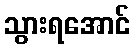
သွားရအောင်